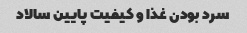
سرد بودن غذا و کیفیت پایین سالاد